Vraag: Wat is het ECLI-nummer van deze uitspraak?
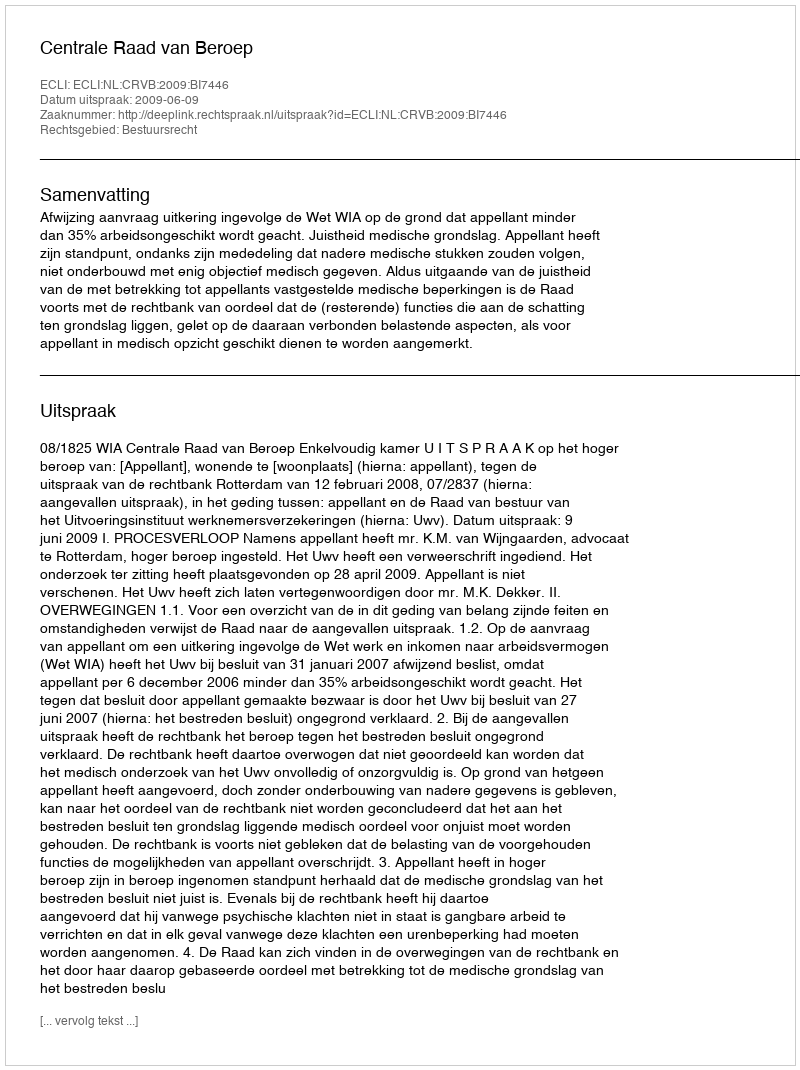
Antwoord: ECLI:NL:CRVB:2009:BI7446